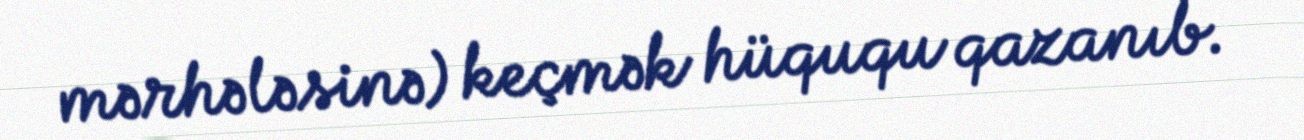
mərhələsinə) keçmək hüququ qazanıb.